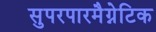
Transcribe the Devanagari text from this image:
सुपरपारमैग्नेटिक